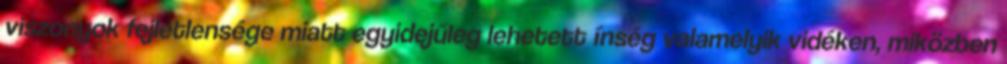
viszonyok fejletlensége miatt egyidejűleg lehetett ínség valamelyik vidéken, miközben